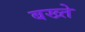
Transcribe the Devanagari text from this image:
बख्ते